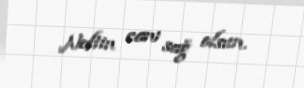
Neftin canı sağ olsun.